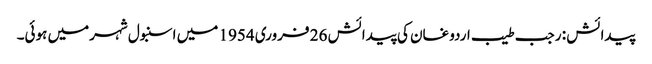
پیدائش : رجب طیب اردوغان کی پیدائش 26 فروری 1954 میں اسنبول شہرمیں ہوئی۔